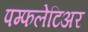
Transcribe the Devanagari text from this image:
पम्फलेटिअर